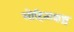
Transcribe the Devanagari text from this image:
लोहिताक्षश्च